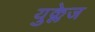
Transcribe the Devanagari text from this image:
युक्लेज